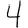
Digit: 4